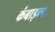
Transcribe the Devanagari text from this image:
कंबाइन्ड